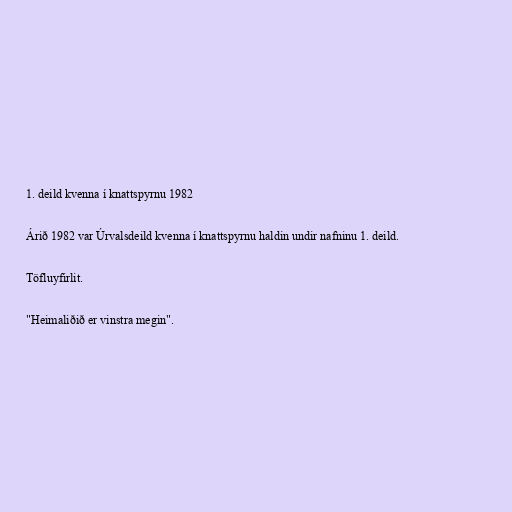
1. deild kvenna í knattspyrnu 1982

Árið 1982 var Úrvalsdeild kvenna í knattspyrnu haldin undir nafninu 1. deild.

Töfluyfirlit.

"Heimaliðið er vinstra megin".